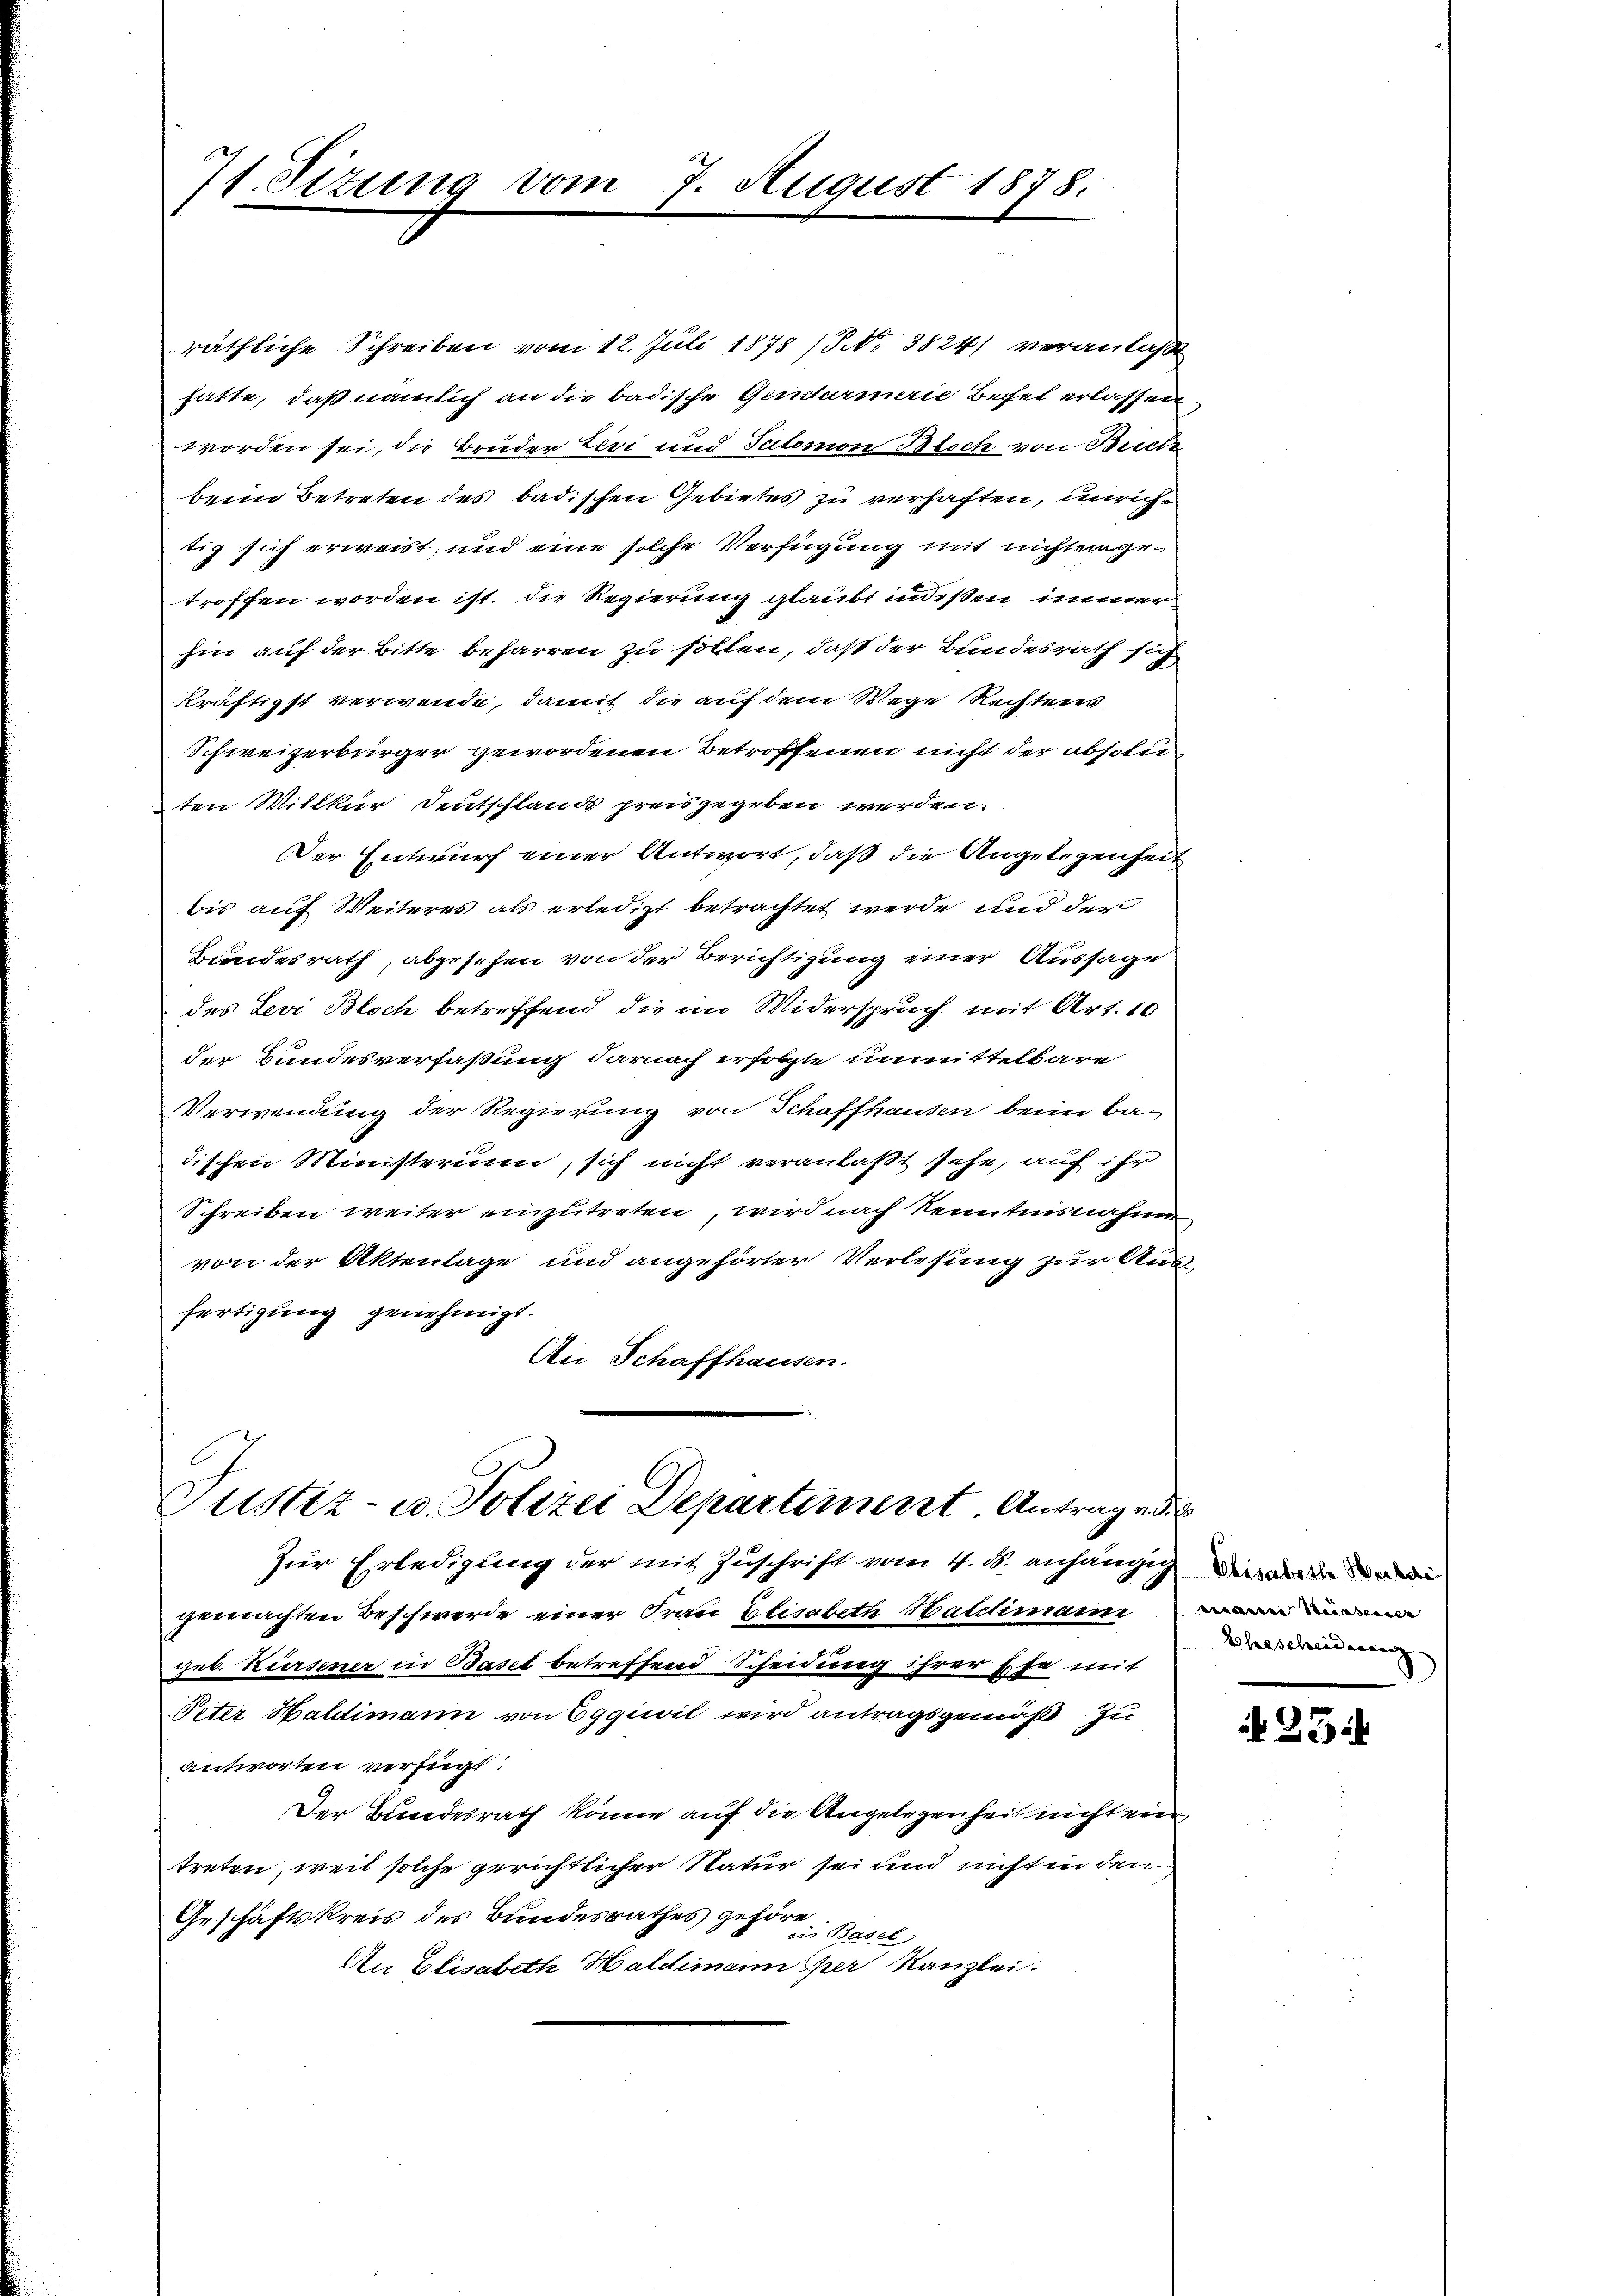
71. Sizung vom 7. August 1878.

räthliche Schreiben vom 12. Juli 1878 (8. 3824) veranlaßt
hatte, daß nämlich an die badische Gendarmerie Befel erlassen
worden sei, die Brüder Levi und Tutomon Bloch von Buche
beim Betreten des badischen Gebietes zu verhaften, unrichtig sich erweist, und eine solche Verfügung mit nicht eingetroffen worden ist. Die Regierung glaubt indesten immerhin auf der Bitte beharren zu sollen, daß der Bundesrath sich
kräftigst verwende, damit die auf dem Wege Rechtens
Schweizerbürger gewordenen Betroffenen nicht der absolu
ten Willkur Deutschland preisgegeben werden.
Der Entwurf einer Antwort, daß die Angelegenheit
bis auf Weiteres als erledigt betrachtet werde und der
Bundesrath, abgesehen von der Berichtigung einer Aussage
des Levi Bloch betreffend die im Widerspruch mit Art. 10
der Bundesverfaßung darnach erfolgte unmittelbare
Verwendung der Regierung von Schaffhausen beim Ba-
dischen Ministerium, sich nicht veranlaßt sehe, auf ihr
Schreiben weiter einzutreten, wird nach Kenntnisnahme
von der Aktenlage und angehörter Verlesung zur Ausfertigung genehmigt.
An Schaffhausen.

Justiz- u. Polizei Departement Antrag u. d.

Zur Erledigung der mit Zuschrift vom 4. d. anhängig in de
gemachten Beschwerde einer Frau Elisabeth Haldimann
geb. Kursener in Basel betreffend Scheidung ihrer Ehe mit
Peter Haldimann von Eggiwil wird antragsgemäß zu
antworten verfügt:
Der Bundesrath könne auf die Angelegenheit nicht ein
treten, weil solche gerichtlicher Natur sei und nicht in den
Geschäftskreis des Bundesrathes gehöre
in Basel
An Elisabeth Haldimann er Kanzlei.

wan Seiden
Ehescheidung

N 23.